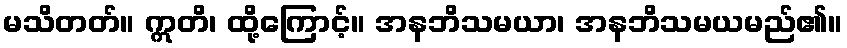
မသိတတ်။ ဣတိ၊ ထို့ကြောင့်။ အနဘိသမယာ၊ အနဘိသမယမည်၏။